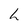
Character: L